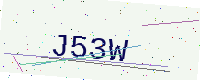
Text: J53W